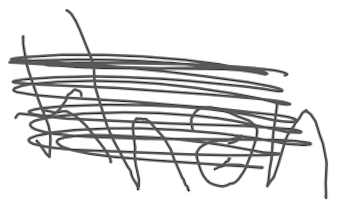
Text: Khan
Cross-out: mix
Writing tool: digital_gray